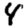
Digit: 4